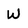
Character: W